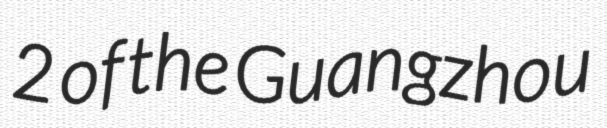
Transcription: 2 of the Guangzhou